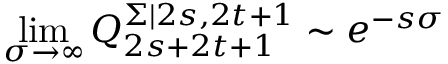
\quad \operatorname * { l i m } _ { \sigma \rightarrow \infty } Q _ { 2 s + 2 t + 1 } ^ { \Sigma | 2 s , 2 t + 1 } \sim e ^ { - s \sigma }